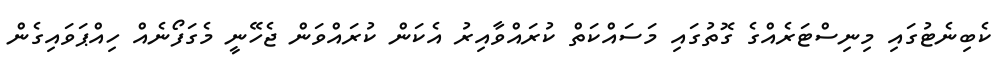
ކެބިނެޓުގައި މިނިސްޓަރެއްގެ ގޮތުގައި މަސައްކަތް ކުރައްވާއިރު އެކަން ކުރައްވަން ޖެހޭނީ މެގަފޯނެއް ހިއްޕަވައިގެން